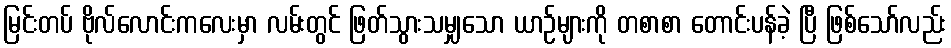
မြင်းတပ် ဗိုလ်လောင်းကလေးမှာ လမ်းတွင် ဖြတ်သွားသမျှသော ယာဉ်များကို တစာစာ တောင်းပန်ခဲ့ ပြီ ဖြစ်သော်လည်း